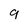
Character: 9